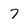
Character: 7